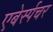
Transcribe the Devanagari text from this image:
एबेर्स्पचर